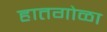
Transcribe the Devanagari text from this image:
हातगोळा